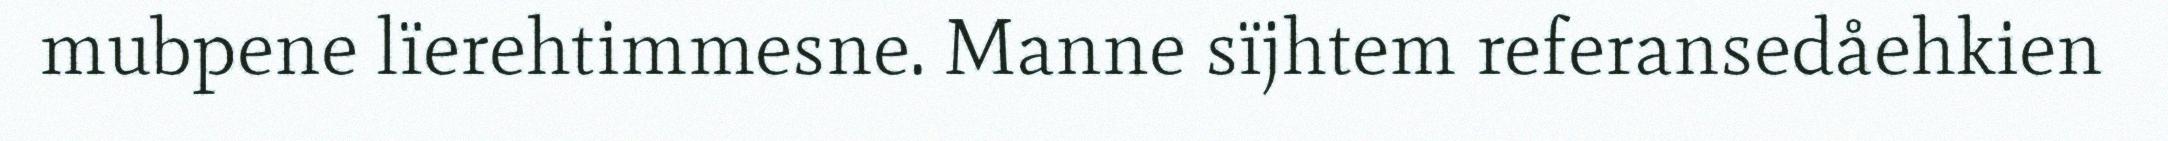
mubpene lïerehtimmesne. Manne sïjhtem referansedåehkien